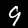
Label: 9